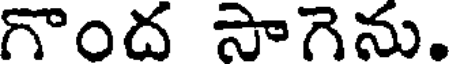
గొంద సాగెను.